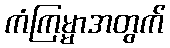
ကံကြမ္မာအတွက်